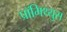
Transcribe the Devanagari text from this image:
प्रॉमिथ्युस